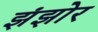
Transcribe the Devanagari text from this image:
झंझोर